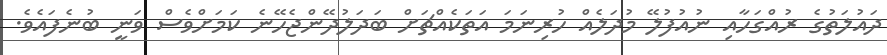
ދައުލަތުގެ ރުއްގަހާއި ނުއުފުލޭ މުދަލެއް ހުރިނަމަ އަތަކެއްޗަށް ބަދަލުދޭންޖެހޭނެ ކަމަށްވެސް ވަނީ ބުނެފައެވެ.